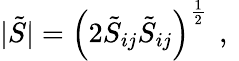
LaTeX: |\tilde{S}|=\left(2\tilde{S}_{ij}\tilde{S}_{ij}\right)^{\frac{1}{2}}\, \mathrm{~,~}